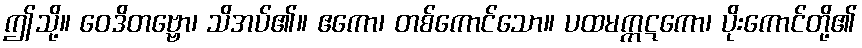
ဤသို့။ ဝေဒိတဗ္ဗော၊ သိအပ်၏။ ဧကော၊ တစ်ကောင်သော။ ပထမက္ကဋကော၊ ပိုးကောင်တို့၏